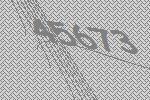
45673